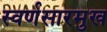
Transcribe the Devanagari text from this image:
स्वर्णसारमुख